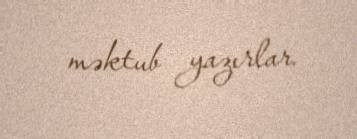
məktub yazırlar.